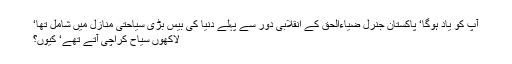
آپ کو یاد ہوگا‘ پاکستان جنرل ضیاءالحق کے انقلابی دور سے پہلے دنیا کی بیس بڑی سیاحتی منازل میں شامل تھا‘
لاکھوں سیاح کراچی آتے تھے‘ کیوں؟